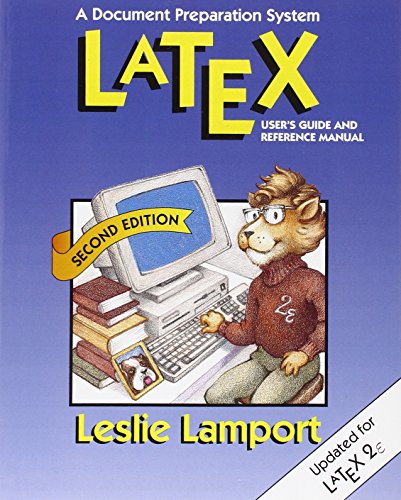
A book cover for LaTeX: A Document Preparation System (2nd Edition); Leslie Lamport; Arts & Photography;